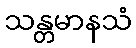
သန္တမာနသံ